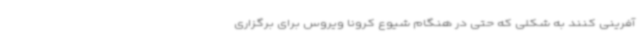
آفرینی کنند به شکلی که حتی در هنگام شیوع کرونا ویروس برای برگزاری